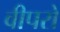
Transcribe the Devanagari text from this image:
वीपरो